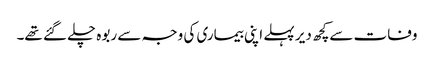
وفات سےکچھ دیر پہلے اپنی بیماری کی وجہ سے ربوہ چلے گئے تھے۔